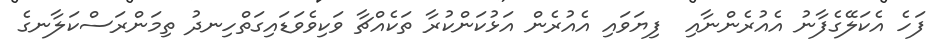
ފަހެ އެކަލޭގެފާނު އެއުރެންނާއި  ފިޔަވައި އެއުރެން އަޅުކަންކުރާ ތަކެއްޗާ ވަކިވެވަޑައިގަތްހިނދު ތިމަންރަސްކަލާނގެ